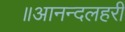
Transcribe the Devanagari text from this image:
॥आनन्दलहरी